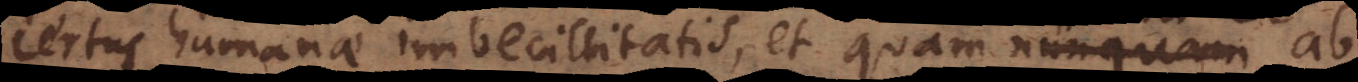
certus humanae imbecillitatis, et quam nunquam ab